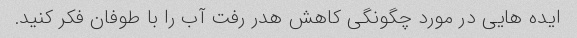
ایده هایی در مورد چگونگی کاهش هدر رفت آب را با طوفان فکر کنید.